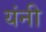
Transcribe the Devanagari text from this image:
यंनी